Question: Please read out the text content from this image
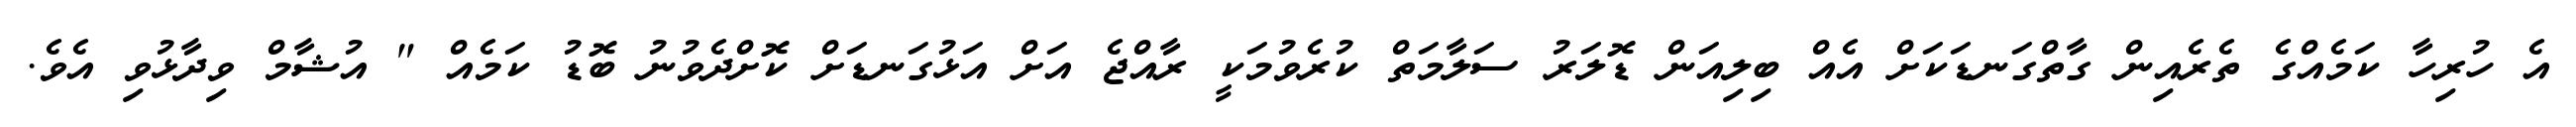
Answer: އެ ހުރިހާ ކަމެއްގެ ތެރެއިން ގާތްގަނޑަކަށް އެއް ބިލިއަން ޑޮލަރު ސަލާމަތް ކުރެވުމަކީ ރާއްޖެ އަށް އަޅުގަނޑަށް ކޮށްދެވުނު ބޮޑު ކަމެއް " އުޝާމް ވިދާޅުވި އެވެ.